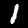
Digit: 1